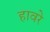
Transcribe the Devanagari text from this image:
हावरे